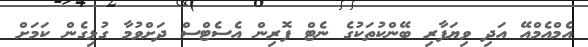
އެމްއެމްއޭ އަދި ވިޔަފާރި ބޭންކުތަކުގެ ނެޓް ފޮރިން އެސެޓްސް ދަށްވުމާ ގުޅިގެން ކަމަށް